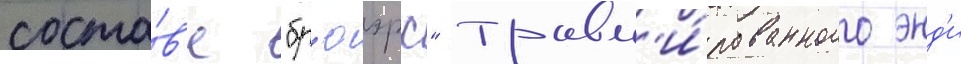
соста́в'е "бр'юэрс" травм'и́рованного энд'и